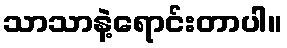
သာသာနဲ့ရောင်းတာပါ။